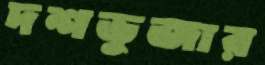
দশভুজার